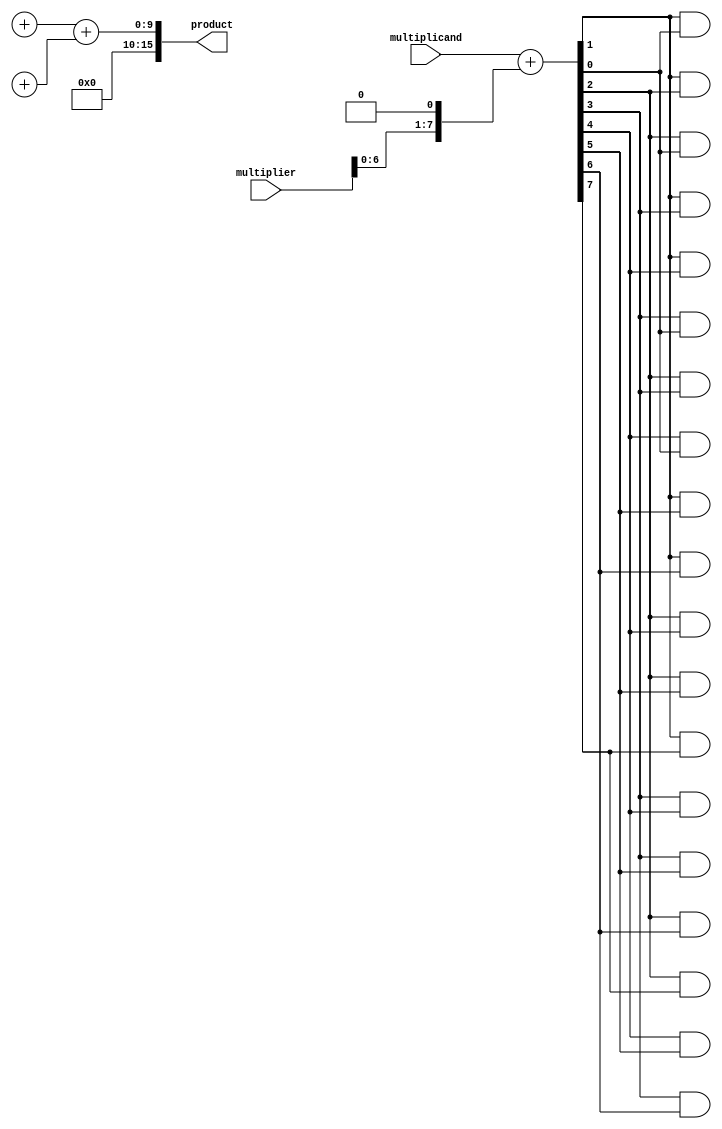
module wallace_tree_multiplier (
    input [7:0] multiplicand,
    input [7:0] multiplier,
    output reg [15:0] product
);

reg [15:0] partial_products [7:0];
reg [15:0] pairwise_sum [3:0];

// Booth Encoder
reg [8:0] booth_encoded;
always @* begin
    booth_encoded = {multiplicand[7], multiplicand} + ({1'b0, multiplier} << 1);
end

// Partial Product Generator
integer i, j;
always @* begin
    for (i = 0; i < 8; i = i + 1) begin
        for (j = 0; j < 8; j = j + 1) begin
            partial_products[i][j+i] = booth_encoded[i] & booth_encoded[j];
        end
    end
end

// Wallace Tree Reduction
reg [9:0] temp_sum;
always @* begin
    for (i = 0; i < 8; i = i + 1) begin
        pairwise_sum[i] = partial_products[i] + partial_products[i+1];
    end

    for (i = 0; i < 2; i = i + 1) begin
        temp_sum = pairwise_sum[i] + pairwise_sum[i+2];
        pairwise_sum[i] = temp_sum[9:0];
    end

    product = temp_sum[9:0];
end

endmodule